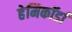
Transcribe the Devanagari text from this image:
हेमिकॉर्डा